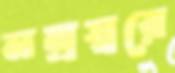
নম্রস্বরে